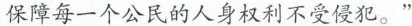
保障每一个公民的人身权利不受侵犯。”